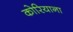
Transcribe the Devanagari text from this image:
कोरियाना